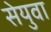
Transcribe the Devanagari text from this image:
सेयुवा